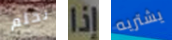
نحلم إذا يشتريه